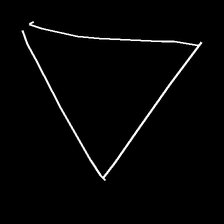
Glyph: convergence